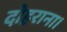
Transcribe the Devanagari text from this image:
दोहराना।